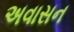
અવાસન